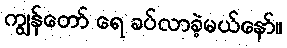
ကျွန်တော် ရေ ခပ်လာခဲ့မယ်နော်။